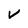
Character: v